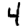
Digit: 4